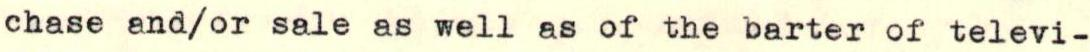
chase and/or sale as well as of the barter of televi-